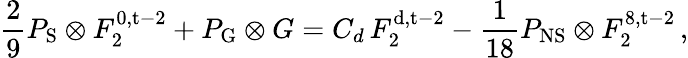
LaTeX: \frac{2}{9}P_{\mathrm{S}}\otimes F_{2}^{\mathrm{0,t-2}}+P_{\mathrm{G}}\otimes G=C_{d}\, F_{2}^{\mathrm{d,t-2}}-\frac{1}{18}P_{\mathrm{NS}}\otimes F_{2}^{\mathrm{8,t-2}}\, ,